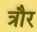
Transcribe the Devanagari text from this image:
त्रौर